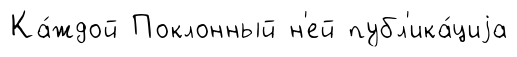
Ка́ждой Поклонный н'ей публ'ика́циjа